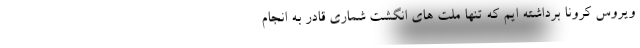
ویروس کرونا برداشته ایم که تنها ملت های انگشت شماری قادر به انجام